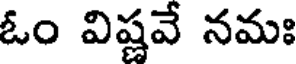
ఓం విష్ణవే నమః